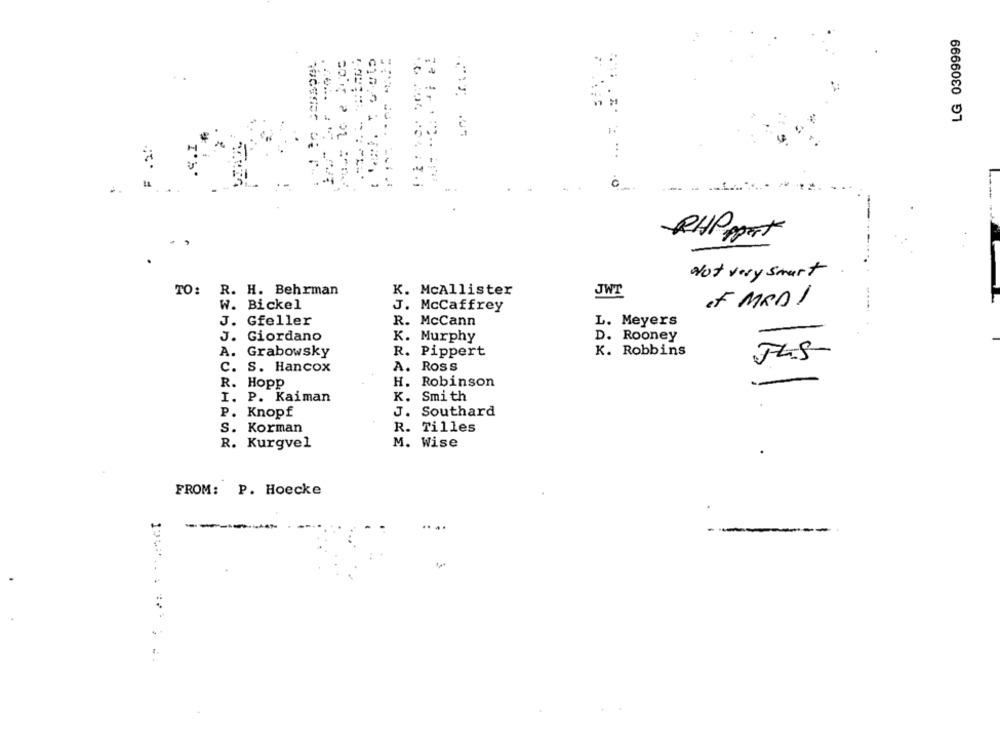
LG 0309999
.
1.
.0
----
RHP Pat
Not very smart
TO:
R. H. Behrman
K. McAllister
JWT
W. Bickel
J. McCaffrey
of MEDI
J. Gfeller
R. McCann
L. Meyers
J. Giordano
D. Rooney
K. Murphy
A.
Grabowsky
R. Pippert
K. Robbins
c.
S. Hancox
A. ROSS
R. Hopp
H. Robinson
I. P. Kaiman
K. Smith
P. Knopf
J. Southard
S. Korman
R. Tilles
M. Wise
R. Kurgvel
FROM: P. Hoecke